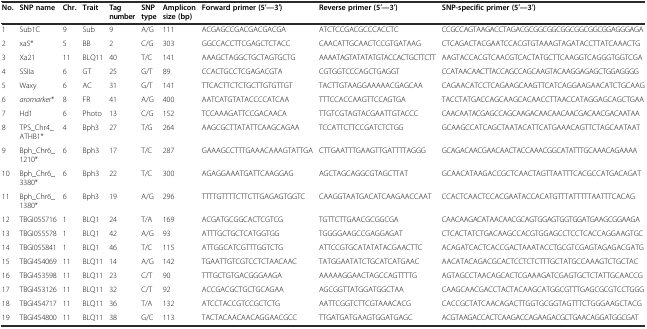
<table><thead><tr><td><b>No.</b></td><td><b>SNP name</b></td><td><b>Chr.</b></td><td><b>Trait</b></td><td><b>Tag number</b></td><td><b>SNP type</b></td><td><b>Amplicon size (bp)</b></td><td><b>Forward primer (5′---3′)</b></td><td><b>Reverse primer (5′---3′)</b></td><td><b>SNP-specific primer (5′---3′)</b></td></tr></thead><tbody><tr><td>1</td><td>Sub1C</td><td>9</td><td>Sub</td><td>9</td><td>A/G</td><td>111</td><td>ACGAGCCGACGACGACGA</td><td>ATCTCCGACGCCCACCTC</td><td>CCGCCAGTAAGACCTAGACGCGGCGGCGGCGGCGGCGGAGGGAGA</td></tr><tr><td>2</td><td>xa5*</td><td>5</td><td>BB</td><td>2</td><td>C/G</td><td>303</td><td>GGCCACCTTCGAGCTCTACC</td><td>CAACATTGCAACTCCGTGATAAG</td><td>CTCAGACTACGAATCCACGTGTAAAGTAGATACCTTATCAAACTG</td></tr><tr><td>3</td><td>Xa21</td><td>11</td><td>BLQ11</td><td>40</td><td>T/C</td><td>141</td><td>AAAGCTAGGCTGCTAGTGCTG</td><td>AAAATAGTATATATGTACCACTGCTTCTT</td><td>AAGTACCACGTCAACGTCACTATGCTTCAAGGTCAGGGTGGTCGA</td></tr><tr><td>4</td><td>SSIIa</td><td>6</td><td>GT</td><td>25</td><td>G/T</td><td>89</td><td>CCACTGCCTCGAGACGTA</td><td>CGTGGTCCCAGCTGAGGT</td><td>CCATAACAACTTACCAGCCAGCAAGTACAAGGAGAGCTGGAGGGG</td></tr><tr><td>5</td><td>Waxy</td><td>6</td><td>AC</td><td>31</td><td>G/T</td><td>141</td><td>TTCACTTCTCTGCTTGTGTTGT</td><td>TACTTGTAAGGAAAAACGAGCAA</td><td>CAGAACATCCTCAGAAGCAAGTTCATCAGGAAGAACATCTGCAAG</td></tr><tr><td>6</td><td><i>aromarker</i>*</td><td>8</td><td>FR</td><td>41</td><td>A/G</td><td>400</td><td>AATCATGTATACCCCATCAA</td><td>TTTCCACCAAGTTCCAGTGA</td><td>TACCTATGACCAGCAAGCACAACCTTAACCATAGGAGCAGCTGAA</td></tr><tr><td>7</td><td>Hd1</td><td>6</td><td>Photo</td><td>13</td><td>C/G</td><td>152</td><td>TCCAAAGATTCCGACAACA</td><td>TTGTCGTAGTACGAATTGTACCC</td><td>CAACAATACGAGCCAGCAAGACAACAACAACGACAACGACAATAA</td></tr><tr><td>8</td><td>TPS_Chr4_ATHB1*</td><td>4</td><td>Bph3</td><td>27</td><td>T/G</td><td>264</td><td>AAGCGCTTATATTCAAGCAGAA</td><td>TCCATTCTTCCGATCTCTGG</td><td>GCAAGCCATCAGCTAATACATTCATGAAACAGTTCTAGCAATAAT</td></tr><tr><td>9</td><td>Bph_Chr6_1210*</td><td>6</td><td>Bph3</td><td>17</td><td>T/C</td><td>287</td><td>GAAAGCCTTTGAAACAAAGTATTGA</td><td>CTTGAATTTGAAGTTGATTTTAGGG</td><td>GCAGACAACGAACAACTACCAAACGGCATATTTGCAAACAGAAAA</td></tr><tr><td>10</td><td>Bph_Chr6_3380*</td><td>6</td><td>Bph3</td><td>22</td><td>T/C</td><td>300</td><td>AGAGGAAATGATTCAAGGAG</td><td>AGCTAGCAGGCGTAGCTTAT</td><td>GCAACATAAGACCGCTCAACTAGTTAATTTCACGCCATGACAGAT</td></tr><tr><td>11</td><td>Bph_Chr6_1380*</td><td>6</td><td>Bph3</td><td>19</td><td>A/G</td><td>296</td><td>TTTTGTTTTCTTCTTGAGAGTGGTC</td><td>CAAGGTAATGACATCAAGAACCAAT</td><td>CCACTCAACTCCACGAATACCACATGTTTATTTTTAATTTCACAG</td></tr><tr><td>12</td><td>TBGI055716</td><td>1</td><td>BLQ1</td><td>24</td><td>T/A</td><td>169</td><td>ACGATGCGGCACTCGTCG</td><td>TGTTCTTGAACGCGGCGA</td><td>CAACAAGACATAACAACGCAGTGGAGTGGTGGATGAAGCGGAAGA</td></tr><tr><td>13</td><td>TBGI055578</td><td>1</td><td>BLQ1</td><td>42</td><td>A/G</td><td>93</td><td>ATTTGCTGCTCATGGTGG</td><td>TGGGGAAGCCGAGGAGAT</td><td>CTCACTATCTGACAAGCCACGTGGAGCCTCCTCACCAGGAAGTGC</td></tr><tr><td>14</td><td>TBGI055841</td><td>1</td><td>BLQ1</td><td>46</td><td>T/C</td><td>115</td><td>ATTGGCATCGTTTGGTCTG</td><td>ATTCCGTGCATATATACGAACTTC</td><td>ACAGATCACTCACCGACTAAATACCTGCGTCGAGTAGAGACGATG</td></tr><tr><td>15</td><td>TBGI454069</td><td>11</td><td>BLQ11</td><td>14</td><td>A/G</td><td>142</td><td>TGAATTGTCGTCCTCTAACAAC</td><td>TATGGAATATCTGCATCATGAAC</td><td>AACATACAGACGCACTCCTCTCTTTGCTATGCCAAAGTCTGCTAC</td></tr><tr><td>16</td><td>TBGI453598</td><td>11</td><td>BLQ11</td><td>23</td><td>C/T</td><td>90</td><td>TTTGCTGTGACGGGAAGA</td><td>AAAAAGGAACTAGCCAGTTTTG</td><td>AGTAGCCTAACAGCACTCGAAAGATCGAGTGCTCTATTGCAACCG</td></tr><tr><td>17</td><td>TBGI453126</td><td>11</td><td>BLQ11</td><td>32</td><td>C/T</td><td>92</td><td>ACCGACGCTGCTGCAGAA</td><td>AGCGGTTATGGATGGCTAA</td><td>CAAGCAACGACCTACTACAAGCATGGCGTTTGAGCGCGTCCTGGG</td></tr><tr><td>18</td><td>TBGI454717</td><td>11</td><td>BLQ11</td><td>36</td><td>T/A</td><td>132</td><td>ATCCTACCGTCCGCTCTG</td><td>AATTCGGTCTTCGTAAACACG</td><td>CACCGCTATCAACAGACTTGGTGCGGTAGTTTCTGGGAAGCTACG</td></tr><tr><td>19</td><td>TBGI454800</td><td>11</td><td>BLQ11</td><td>38</td><td>G/C</td><td>113</td><td>TACTACAACAACAGGAACGCC</td><td>TTGATGATGAAGTGGATGAGC</td><td>ACGTAAGACCACTCAAGACCAGAAGACGCTGAACAGGATGGCGAT</td></tr></tbody></table>